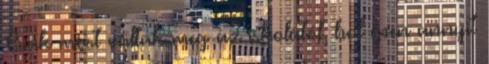
Csak most váltak meg az iskolától, hol épen annyit